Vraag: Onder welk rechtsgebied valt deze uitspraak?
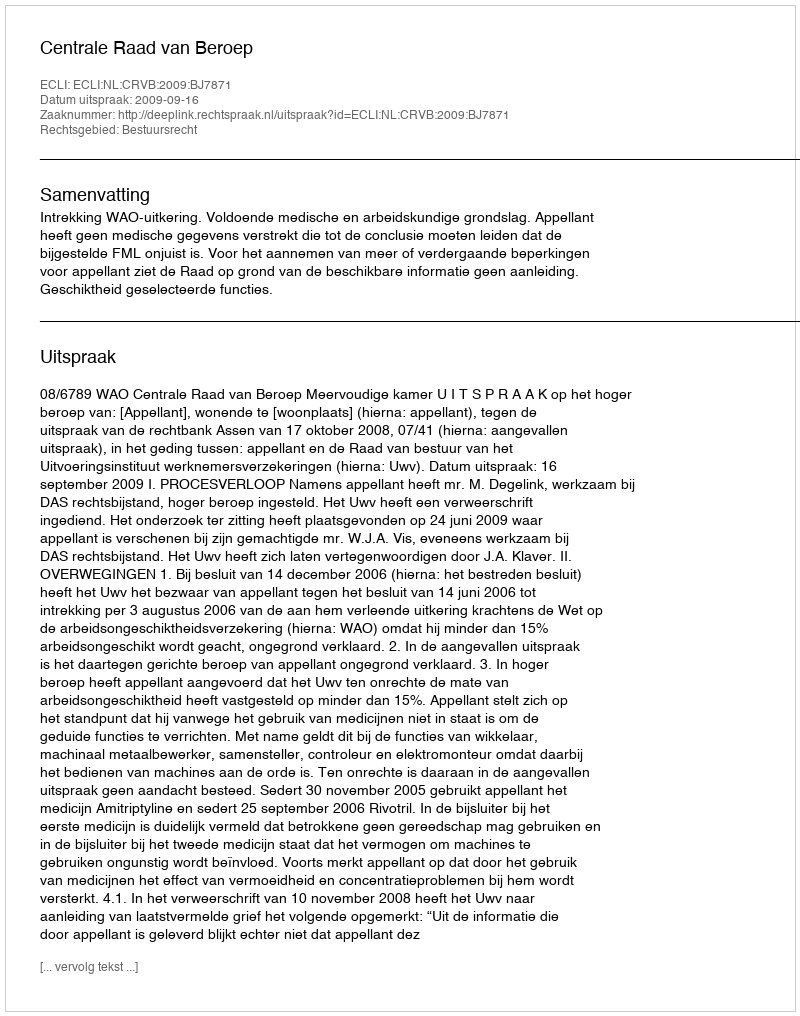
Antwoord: Bestuursrecht